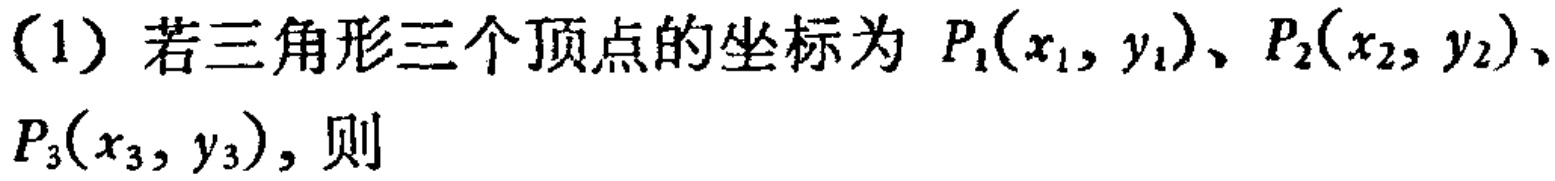
(1) 若三角形三个顶点的坐标为 \(P_1(x_1,y_1)\)、\(P_2(x_2,y_2)\)、\(P_3(x_3,y_3)\)，则